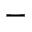
-